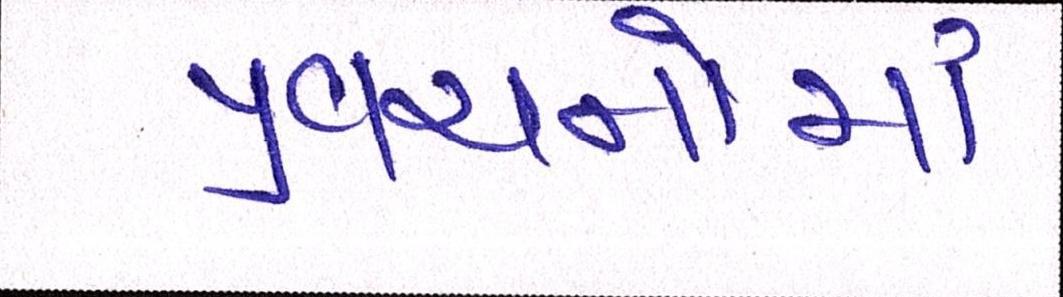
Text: પ્રવચનોમાં